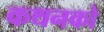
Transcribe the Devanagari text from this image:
कथनको